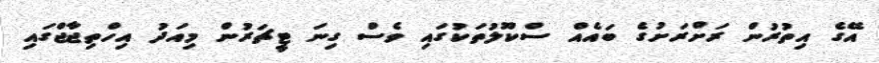
އޭގެ އިތުރުން ރަށްރަށުގެ ބައެއް ސްކޫލުތަކުގައި ވެސް ގިނަ ޓީޗަރުން މިއަދު އިހްތިޖާޖްގައި